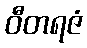
ဝီတရဇံ